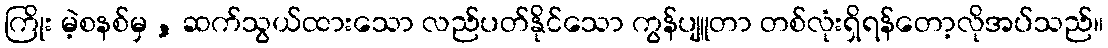
ကြိုး မဲ့စနစ်မှ , ဆက်သွယ်ထားသော လည်ပတ်နိုင်သော ကွန်ပျူတာ တစ်လုံးရှိရန်တော့လိုအပ်သည်။